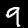
Digit: 9